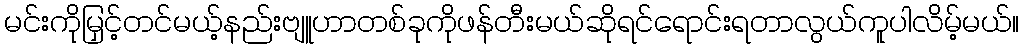
မင်းကိုမြှင့်တင်မယ့်နည်းဗျူဟာတစ်ခုကိုဖန်တီးမယ်ဆိုရင်ရောင်းရတာလွယ်ကူပါလိမ့်မယ်။